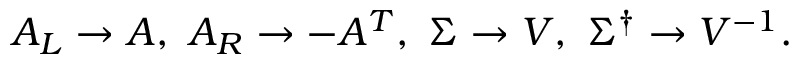
A _ { L } \to A , \ A _ { R } \to - A ^ { T } , \ \Sigma \to V , \ \Sigma ^ { \dagger } \to V ^ { - 1 } .